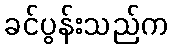
ခင်ပွန်းသည်က